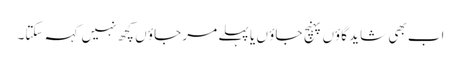
اب بھی شاید گاؤں پہنچ جاؤ ں یا پہلے مر جاؤ ں کچھ نہیں کہہ سکتا۔